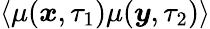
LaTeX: \left<\mu(\boldsymbol{x},\tau_{1})\mu(\boldsymbol{y},\tau_{2})\right>